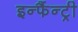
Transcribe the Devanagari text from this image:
इन्फैंन्ट्री